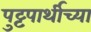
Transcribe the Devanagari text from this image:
पुट्टपार्थीच्या